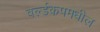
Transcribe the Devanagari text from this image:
वर्ल्डकपमधील